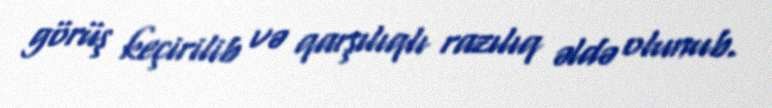
görüş keçirilib və qarşılıqlı razılıq əldə olunub.